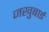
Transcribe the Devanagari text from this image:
जखुबाई